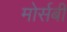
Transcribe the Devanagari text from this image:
मोर्सबी